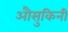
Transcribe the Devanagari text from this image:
औसुकिनी